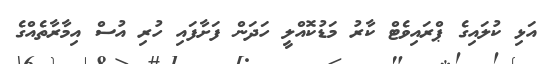
އަޅި ކުލައިގެ ޕްރައިވެޓް ކާރު މަޑުކޮއްލީ ހަދަން ފަށާފައި ހުރި އުސް އިމާރާތެއްގެ